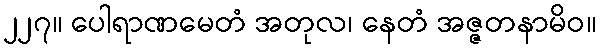
၂၂၇။ ပေါရာဏမေတံ အတုလ၊ နေတံ အဇ္ဇတနာမိဝ။